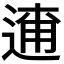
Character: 𨓸